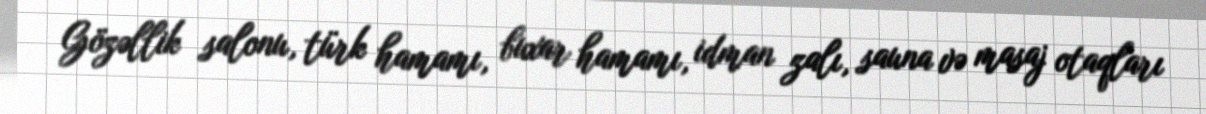
Gözəllik salonu, türk hamamı, buxar hamamı, idman zalı, sauna və masaj otaqları